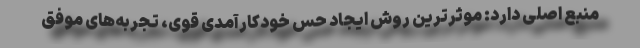
منبع اصلی دارد: موثرترین روش ایجاد حس خودکارآمدی قوی، تجربه‌های موفق